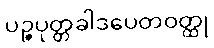
ပဉ္စပုတ္တခါဒပေတဝတ္ထု